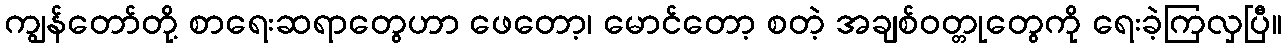
ကျွန်တော်တို့ စာရေးဆရာတွေဟာ ဖေတော့၊ မောင်တော့ စတဲ့ အချစ်ဝတ္တုတွေကို ရေးခဲ့ကြလှပြီ။